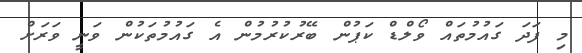
މި ފަދަ ގައުމުތައް ވޯލްޑް ކަޕުން ބޭރުކުރުމުން އެ ގައުމުތަކުން ވަނީ ވަރަށް